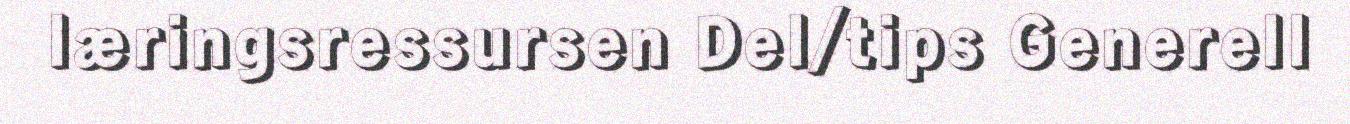
læringsressursen Del/tips Generell